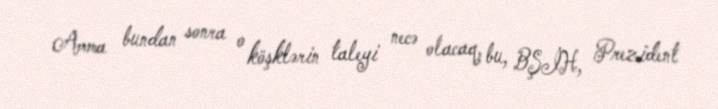
Amma bundan sonra o köşklərin taleyi necə olacaq, bu, BŞİH, Prezident